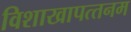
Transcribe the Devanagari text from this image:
विशाखापत्‍तनम